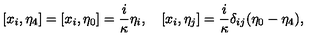
[ x _ { i } , \eta _ { 4 } ] = [ x _ { i } , \eta _ { 0 } ] = \frac { i } \kappa \eta _ { i } , \quad [ x _ { i } , \eta _ { j } ] = \frac { i } \kappa \delta _ { i j } ( \eta _ { 0 } - \eta _ { 4 } ) ,